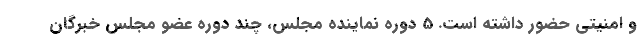
و امنیتی حضور داشته است. 5 دوره نماینده مجلس، چند دوره عضو مجلس خبرگان